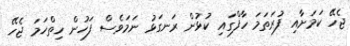
ޖެހޭ ކަމަށާއި ފުރަތަމަ ހާފްގައި ކުޅުން ރަނގަޅު ނަމަވެސް ފަހުން ހިތްހަމަ ޖެހޭ